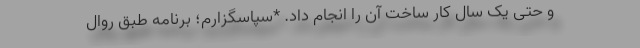
و حتی یک سال کار ساخت آن را انجام داد. *سپاسگزارم؛ برنامه طبق روال